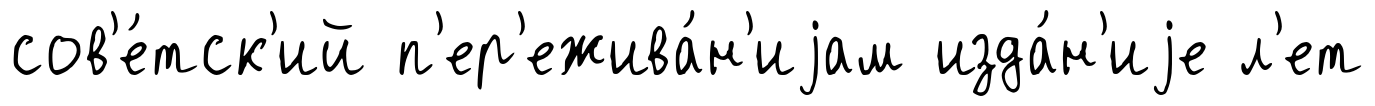
сов'е́тск'ий п'ер'ежива́н'иjам изда́н'иjе л'ет